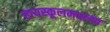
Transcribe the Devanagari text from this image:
हायस्कूलमधल्या